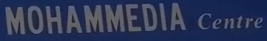
MOHAMMEDIA Centre